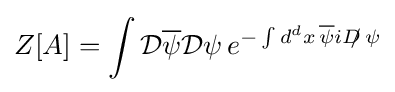
Z[A]=\int {\mathcal {D}}{\overline {\psi }}{\mathcal {D}}\psi \,e^{-\int d^{d}x\,{\overline {\psi }}iD\!\!\!/\,\psi }